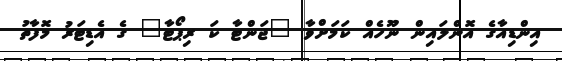
އިންޑިއާގެ އޮންލައިން ނޫހެއް ކަމަށްވާ "ޖަންޓާ ކަ ރިޕޯޓާ" ގެ އެޑިޓަރު މޮފާތު